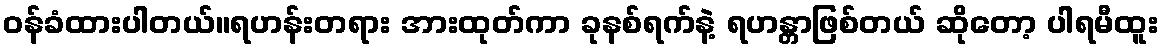
ဝန်ခံထားပါတယ်။ရဟန်းတရား အားထုတ်ကာ ခုနစ်ရက်နဲ့ ရဟန္တာဖြစ်တယ် ဆိုတော့ ပါရမီထူး